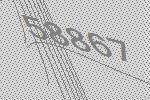
58867